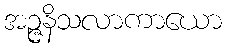
အဉ္ဇနိသလာကာယော